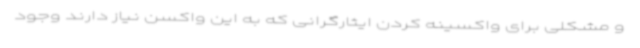
و مشکلی برای واکسینه کردن ایثارگرانی که به این واکسن نیاز دارند وجود